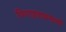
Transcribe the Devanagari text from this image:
किराइताप्रमाणे